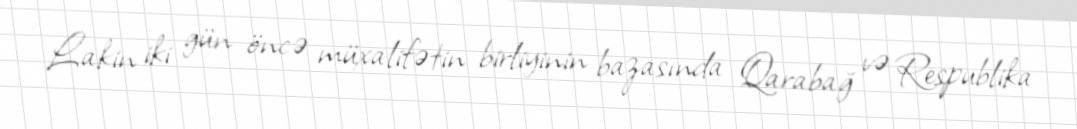
Lakin iki gün öncə müxalifətin birliyinin bazasında Qarabağ və Respublika